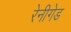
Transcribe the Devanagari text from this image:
रेनीगेड